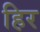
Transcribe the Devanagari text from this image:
हिर